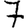
Digit: 7